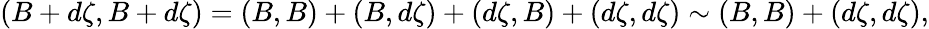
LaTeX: (B+d\zeta,B+d\zeta)=(B,B)+(B,d\zeta)+(d\zeta,B)+(d\zeta,d\zeta)\sim(B,B)+(d\zeta,d\zeta),